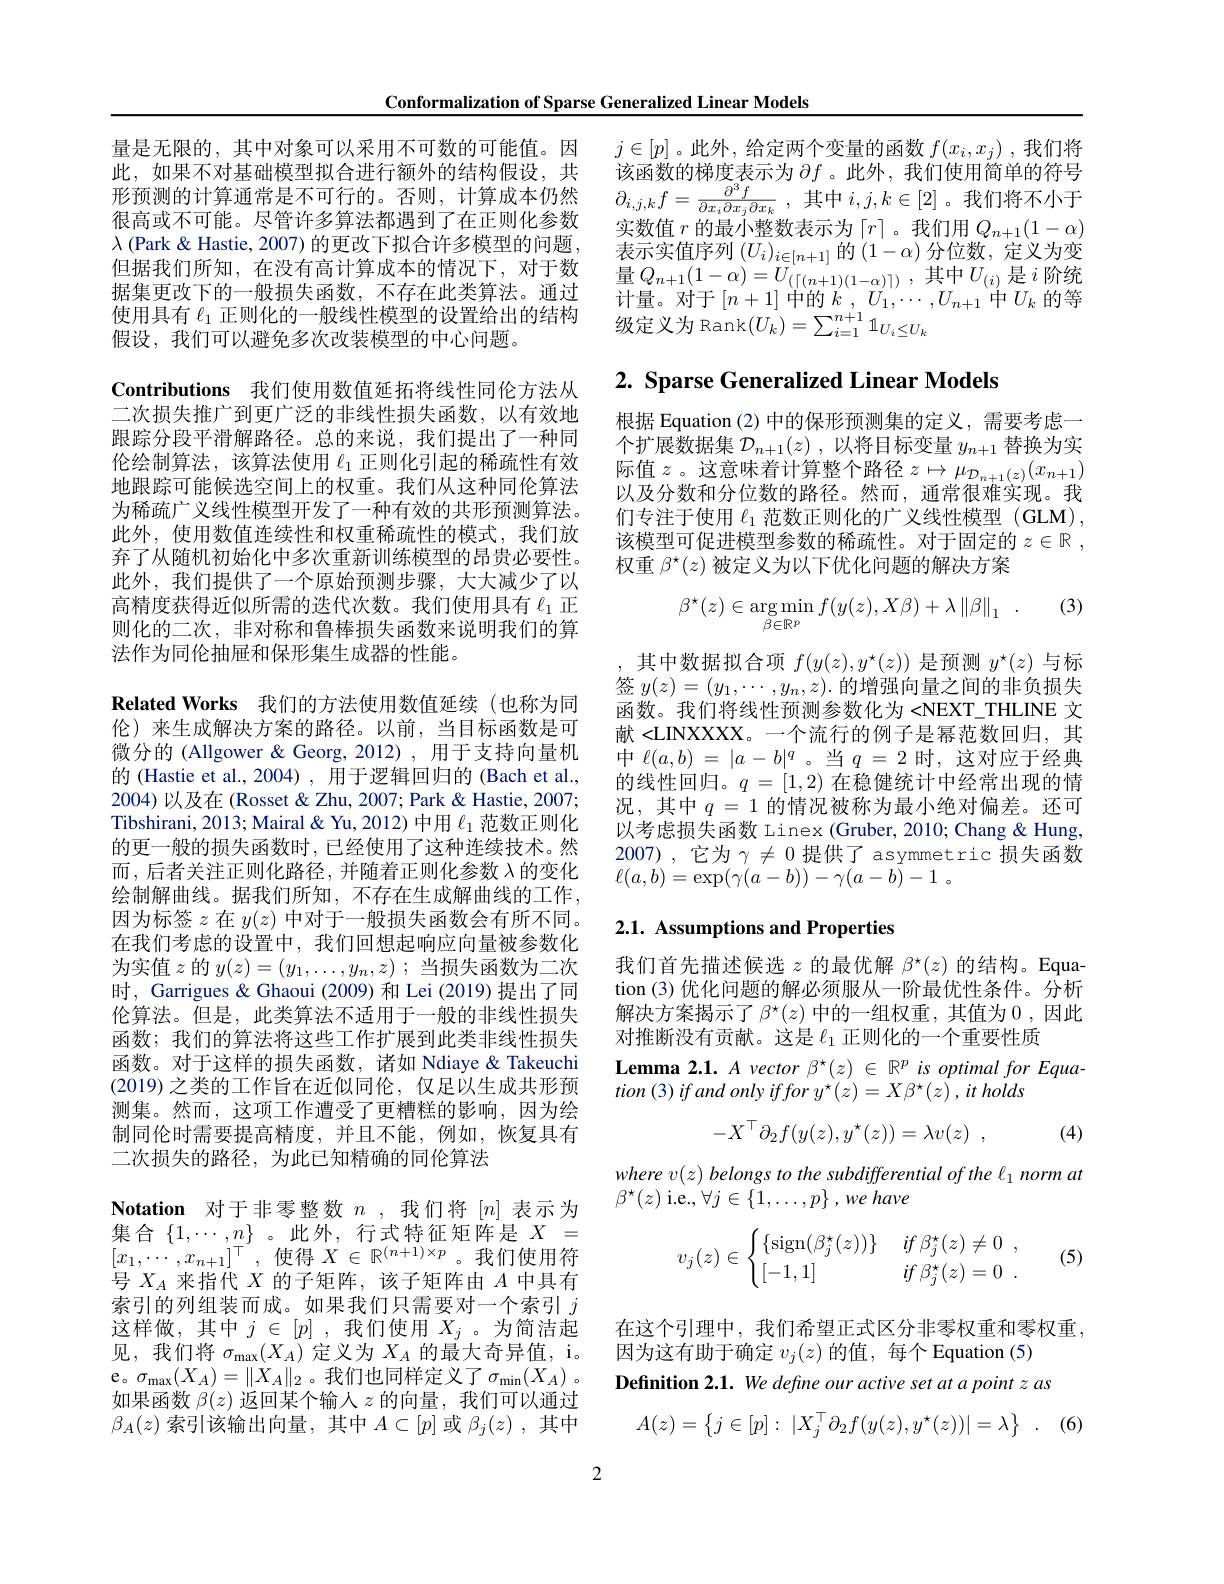
Conformalization of Sparse Generalized Linear Models

$j\in[p]$。此外，给定两个变量的函数$f(x_i,x_j)$ ,我们将该函数的梯度表示为$\partial f$ 。此外，我们使用简单的符号$\partial _{i, j, k}f= \frac {\partial ^{3}f}{\partial x_{i}\partial x_{j}\partial x_{k}}$ ,其中$i,j,k\in[2]$。我们将不小于实数值$r$的最小整数表示为「$r|$。我们用$Q_n+1(1-\alpha)$ 表示实值序列$(U_i)_{i\in[n+1]}$的$(1-\alpha)$分位数，定义为变量$Q_{n+ 1}( 1- \alpha ) = U_{( \lceil ( n+ 1) ( 1- \alpha ) \rceil ) }$ ,其中$U_(i)$ 是$i$阶统
据集更改卜的一般损失函数，个存在此类算法。遇过 计量。对于$[n+1]$ 中的$k,U_1,\cdots,U_{n+1}$ 中$U_k$ 的等使用具有 $\ell_1$ 正则化的一般线性模型的设置给出的结构 级定义为 Rank$(U_k)=\sum_{i=1}^{n+1}\mathbb{1}_{U_i\leq U_k}$

# 2. Sparse Generalized Linear Models

根据 Equation (2)中的保形预测集的定义，需要考虑一个扩展数据集$\mathcal{D}_n+1(z)$,以将目标变量$y_n+1$替换为实际值$z$。这意味着计算整个路径$z\mapsto\mu_\mathcal{D}_{n+1}(z)(x_{n+1})$ 以及分数和分位数的路径。然而，通常很难实现。我们专注于使用$\ell_1$范数正则化的广义线性模型 (GLM), 该模型可促进模型参数的稀疏性。对于固定的$z\in \mathbb{R}$ , 权重$\beta^{\star}(z)$被定义为以下优化问题的解决方案

(3)
$$\beta^\star(z)\in\underset{\beta\in\mathbb{R}^p}{\arg\min}f(y(z),X\beta)+\lambda\left\|\beta\right\|_1\:.$$
其中数据拟合项$f(y(z),y^\star(z))$是预测$y^\star(z)$与标签$y(z)=(y_1,\cdots,y_n,z).$的增强向量之间的非负损失函数。我们将线性预测参数化为 <NEXT\_THLINE 文献 <LINXXXX。一个流行的例子是幂范数回归，其中$\ell ( a, b)$ = $| a- b| ^q$ 。当$q$ = 2时，这对应于经典的线性回归。$q=[1,2)$在稳健统计中经常出现的情况，其中$q=1$的情况被称为最小绝对偏差。还可以考虑损失函数 Linex (Gruber, 2010; Chang & Hung, 2007) ,它为$\gamma\neq0$提供了 asymmetric 损失函数$\ell ( a, b) = \exp ( \gamma ( a- b) ) - \gamma ( a- b) - 1$ 。

量是无限的，其中对象可以采用不可数的可能值。因此，如果不对基础模型拟合进行额外的结构假设，共形预测的计算通常是不可行的。否则，计算成本仍然很高或不可能。尽管许多算法都遇到了在正则化参数$\lambda$ (Park & Hastie, 2007) 的更改下拟合许多模型的问题但据我们所知，在没有高计算成本的情况下，对于数据集更改下的一般损失函数，不存在此类算法。通过Contributions 我们使用数值延拓将线性同伦方法从二次损失推广到更广泛的非线性损失函数，以有效地跟踪分段平滑解路径。总的来说，我们提出了一种同伦绘制算法，该算法使用$\ell_{1}$正则化引起的稀疏性有效地跟踪可能候选空间上的权重。我们从这种同伦算法为稀疏广义线性模型开发了一种有效的共形预测算法。此外，使用数值连续性和权重稀疏性的模式，我们放弃了从随机初始化中多次重新训练模型的昂贵必要性。此外，我们提供了一个原始预测步骤，大大减少了以高精度获得近似所需的迭代次数。我们使用具有$\ell_{1}$正则化的二次，非对称和鲁棒损失函数来说明我们的算法作为同伦抽屉和保形集生成器的性能。
$\textbf{Related Works}$ 我们的方法使用数值延续(也称为同伦)来生成解决方案的路径。以前，当目标函数是可微分的 (Allgower & Georg, 2012) , 用于支持向量机的 (Hastie et al., 2004) , 用于逻辑回归的 (Bach et al., 2004)以及在(Rosset&Zhu, 2007; Park & Hastie, 2007; Tibshirani, 2013; Mairal & Yu, 2012) 中用$\ell_{1}$范数正则化的更一般的损失函数时，已经使用了这种连续技术。然而，后者关注正则化路径，并随着正则化参数$\lambda$的变化绘制解曲线。据我们所知，不存在生成解曲线的工作， 因为标签$z$在$y(z)$中对于一般损失函数会有所不同。在我们考虑的设置中，我们回想起响应向量被参数化为实值$z$的$y(z)=(y_1,\ldots,y_n,z)$ ;当损失函数为二次时，Garrigues & Ghaoui (2009) 和 Lei (2019) 提出了同伦算法。但是，此类算法不适用于一般的非线性损失函数；我们的算法将这些工作扩展到此类非线性损失函数。对于这样的损失函数，诸如 Ndiaye & Takeuchi (2019)之类的工作旨在近似同伦，仅足以生成共形预测集。然而，这项工作遭受了更糟糕的影响，因为绘制同伦时需要提高精度，并且不能，例如，恢复具有二次损失的路径，为此已知精确的同伦算法
$\textbf{Notation 对 于 非 零 整 数 }n$ ,我们将$[n]$表示为集合 $\{1,\cdots,n\}$ 。此外，行式特征矩阵是$X=$ $[x_1,\cdots,x_{n+1}]^\top$,使得$X\in\mathbb{R}^(n+1)\times p$。我们使用符号$X_A$来指代$X$的子矩阵，该子矩阵由$A$中具有索引的列组装而成。如果我们只需要对一个索引$j$ 这样做，其中$j\in[p]$,我们使用$X_j$。为简洁起见，我们将$\sigma_\max(X_A)$定义为$X_A$的最大奇异值，i。e。$\sigma_\max(X_A)=\|X_A\|_2$。我们也同样定义了$\sigma_\min(X_A)$。如果函数$\beta(z)$返回某个输入$z$的向量，我们可以通过$\beta_A(z)$索引该输出向量，其中$A\subset[p]$或$\beta_j(z)$ ,其中
2

# 2.1. Assumptions and Properties

我们首先描述候选$z$的最优解$\beta^\star(z)$的结构。Equation (3) 优化问题的解必须服从一阶最优性条件。分析解决方案揭示了$\beta^\star(z)$ 中的一组权重，其值为0，因此对推断没有贡献。这是$\ell_1$正则化的一个重要性质
Lemma 2.1. A vector $\beta^\star(z)\in\mathbb{R}^p$ is optimal for Equa-
$tion\left ( 3\right ) ifandonlyiffory^{\star }( z) = X\beta ^{\star }( z) , it$ holds
$$-X^\top\partial_2f(y(z),y^\star(z))=\lambda v(z)\:,$$
(4)

where v(z) belongs to the subdifferential of the l norm at
$\beta^{\star}(z)$ i.e., $\forall j\in\{1,\ldots,p\},we$ have
$$v_j(z)\in\begin{cases}\{\operatorname{sign}(\beta_j^\star(z))\}&\:if\:\beta_j^\star(z)\neq0\:,\\[-1,1]&\:if\:\beta_j^\star(z)=0\:.\end{cases}$$
(5)

在这个引理中，我们希望正式区分非零权重和零权重，
因为这有助于确定$v_j(z)$的值，每个 Equation (5)
Definition 2.1. We define our active set at a point z as
$$A(z)=\begin{Bmatrix}j\in[p]:&|X_j^\top\partial_2f(y(z),y^\star(z))|=\lambda\end{Bmatrix}\:.$$